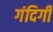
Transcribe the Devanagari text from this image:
गंदिगी